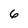
Character: 6